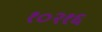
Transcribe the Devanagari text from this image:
१०२१६